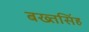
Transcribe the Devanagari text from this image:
बख्तसिंह